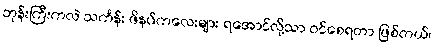
ဘုန်းကြီးကလဲ သင်္ကန်း ဖိနပ်ကလေးများ ရအောင်လို့သာ ဝင်စေရတာ ဖြစ်တယ်၊